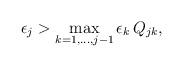
LaTeX: \begin{align*}\epsilon_j > \max_{\substack{ k=1,\dots, j-1}} \epsilon_k \, Q_{jk},\end{align*}